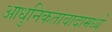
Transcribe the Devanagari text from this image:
आधुनिकतावादामध्ये